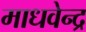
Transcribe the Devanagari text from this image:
माधवेन्द्र